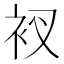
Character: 衩